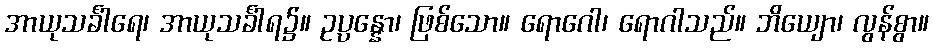
အာယုသင်္ခါရေ၊ အာယုသင်္ခါရ၌။ ဥပ္ပန္နော၊ ဖြစ်သော။ ရောဂေါ၊ ရောဂါသည်။ ဘိယျော၊ လွန်စွာ။